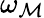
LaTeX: \omega_{\mathcal{M}}